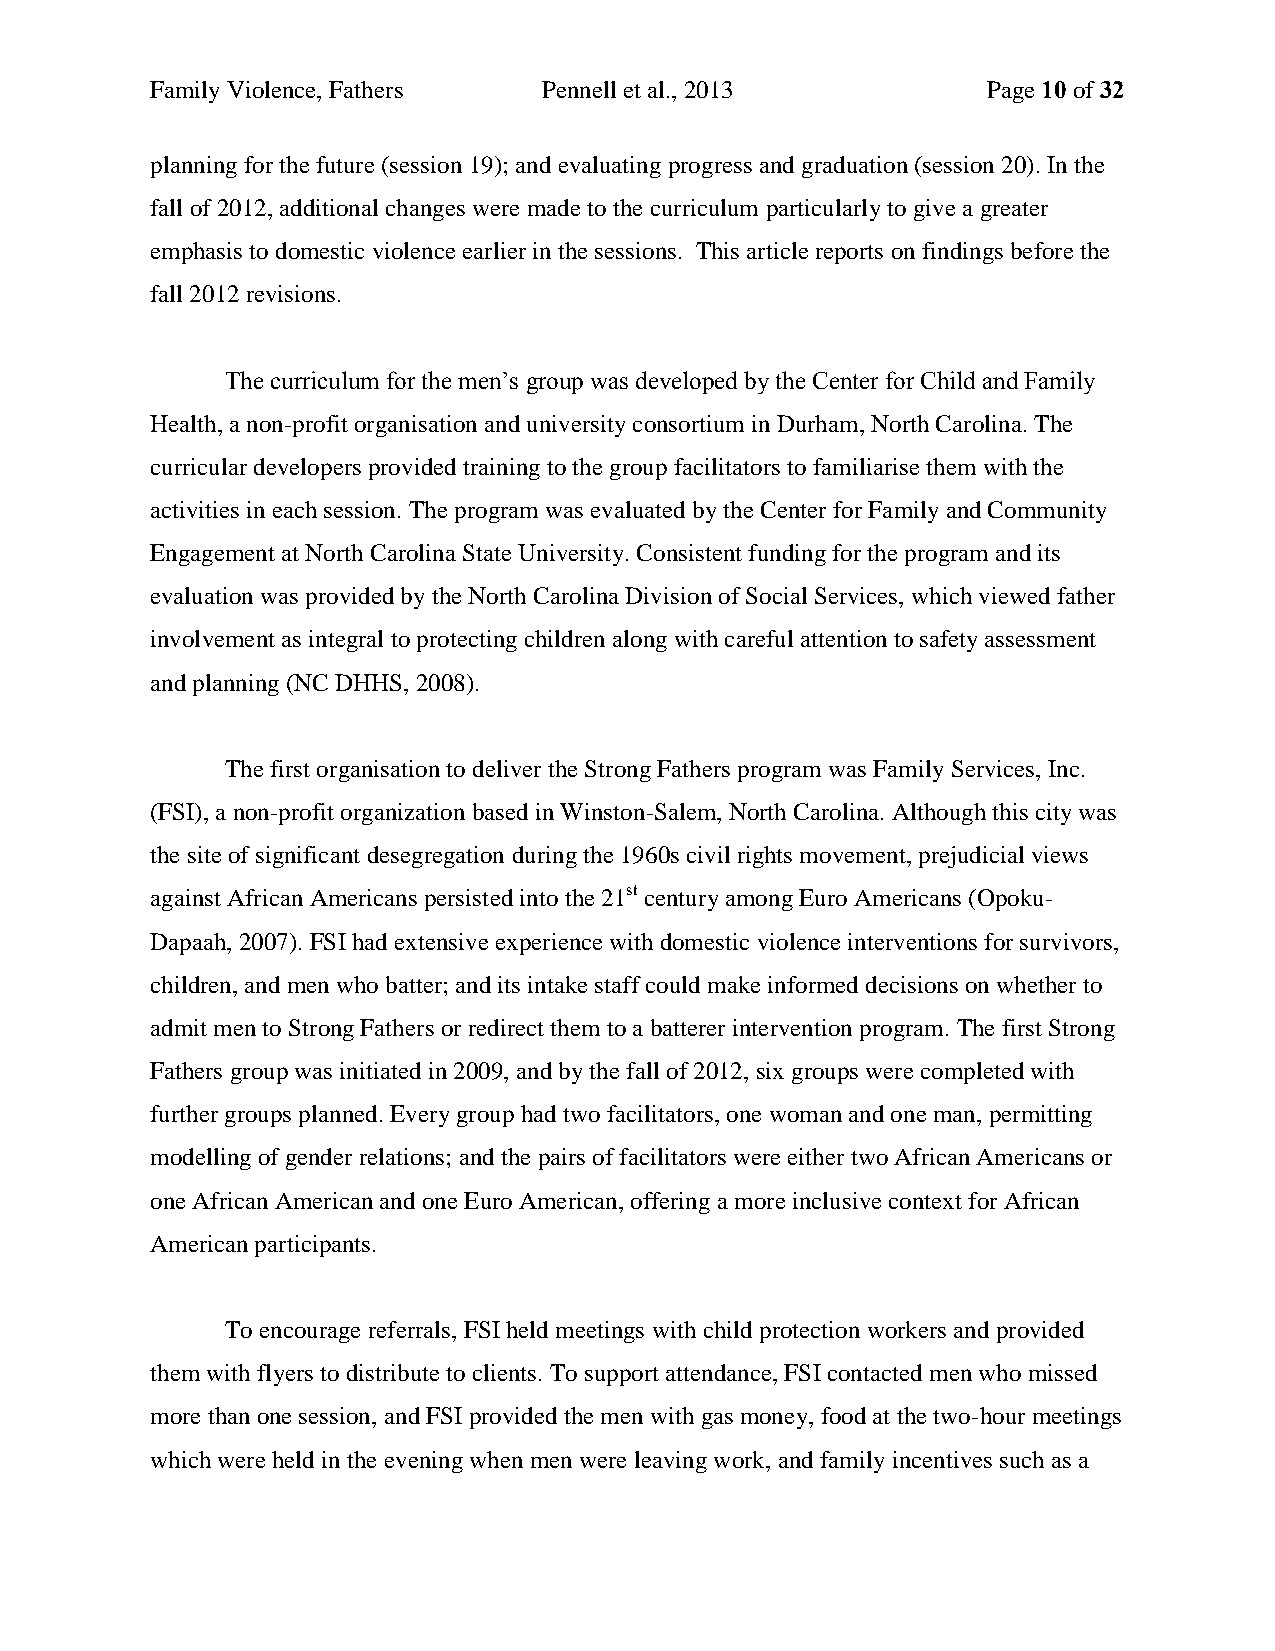
Family Violence, Fathers  Pennell et al., 2013         Page 10 of 32
 planning for the future (session 19); and evaluating progress and graduation (session 20). In the
 fall of 2012, additional changes were made to the curriculum particularly to give a greater
 emphasis to domestic violence earlier in the sessions. This article reports on findings before the
 fall 2012 revisions.
 The curriculum for the men’s group was developed by the Center for Child and Family
 Health, a non-profit organisation and university consortium in Durham, North Carolina. The
 curricular developers provided training to the group facilitators to familiarise them with the
 activities in each session. The program was evaluated by the Center for Family and Community
 Engagement at North Carolina State University. Consistent funding for the program and its
 evaluation was provided by the North Carolina Division of Social Services, which viewed father
 involvement as integral to protecting children along with careful attention to safety assessment
 and planning (NC DHHS, 2008).
 The first organisation to deliver the Strong Fathers program was Family Services, Inc.
 (FSI), a non-profit organization based in Winston-Salem, North Carolina. Although this city was
 the site of significant desegregation during the 1960s civil rights movement, prejudicial views
 against African Americans persisted into the 21st century among Euro Americans (Opoku-
 Dapaah, 2007). FSI had extensive experience with domestic violence interventions for survivors,
 children, and men who batter; and its intake staff could make informed decisions on whether to
 admit men to Strong Fathers or redirect them to a batterer intervention program. The first Strong
 Fathers group was initiated in 2009, and by the fall of 2012, six groups were completed with
 further groups planned. Every group had two facilitators, one woman and one man, permitting
 modelling of gender relations; and the pairs of facilitators were either two African Americans or
 one African American and one Euro American, offering a more inclusive context for African
 American participants.
 To encourage referrals, FSI held meetings with child protection workers and provided
 them with flyers to distribute to clients. To support attendance, FSI contacted men who missed
 more than one session, and FSI provided the men with gas money, food at the two-hour meetings
 which were held in the evening when men were leaving work, and family incentives such as a